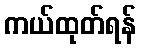
ကယ်ထုတ်ရန်